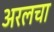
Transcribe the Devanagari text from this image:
अरलचा